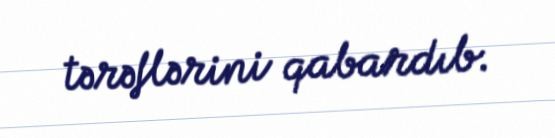
tərəflərini qabardıb.